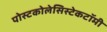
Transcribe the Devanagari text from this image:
पोस्टकोलेसिस्टेकटॉमी